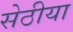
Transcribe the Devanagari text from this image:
सेठीया